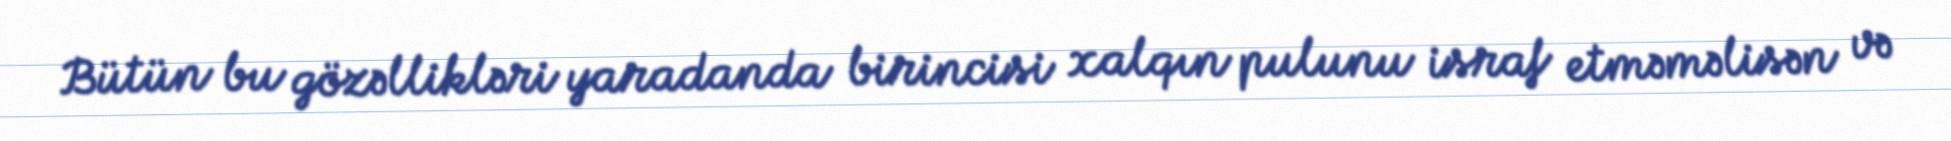
Bütün bu gözəllikləri yaradanda birincisi xalqın pulunu israf etməməlisən və